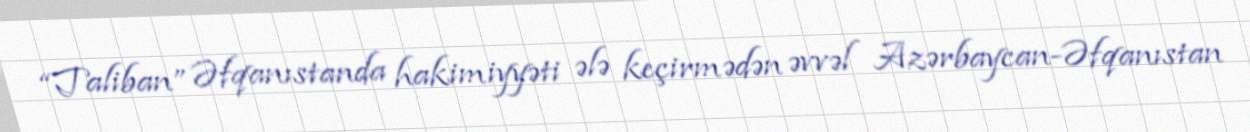
“Taliban” Əfqanıstanda hakimiyyəti ələ keçirmədən əvvəl Azərbaycan-Əfqanıstan